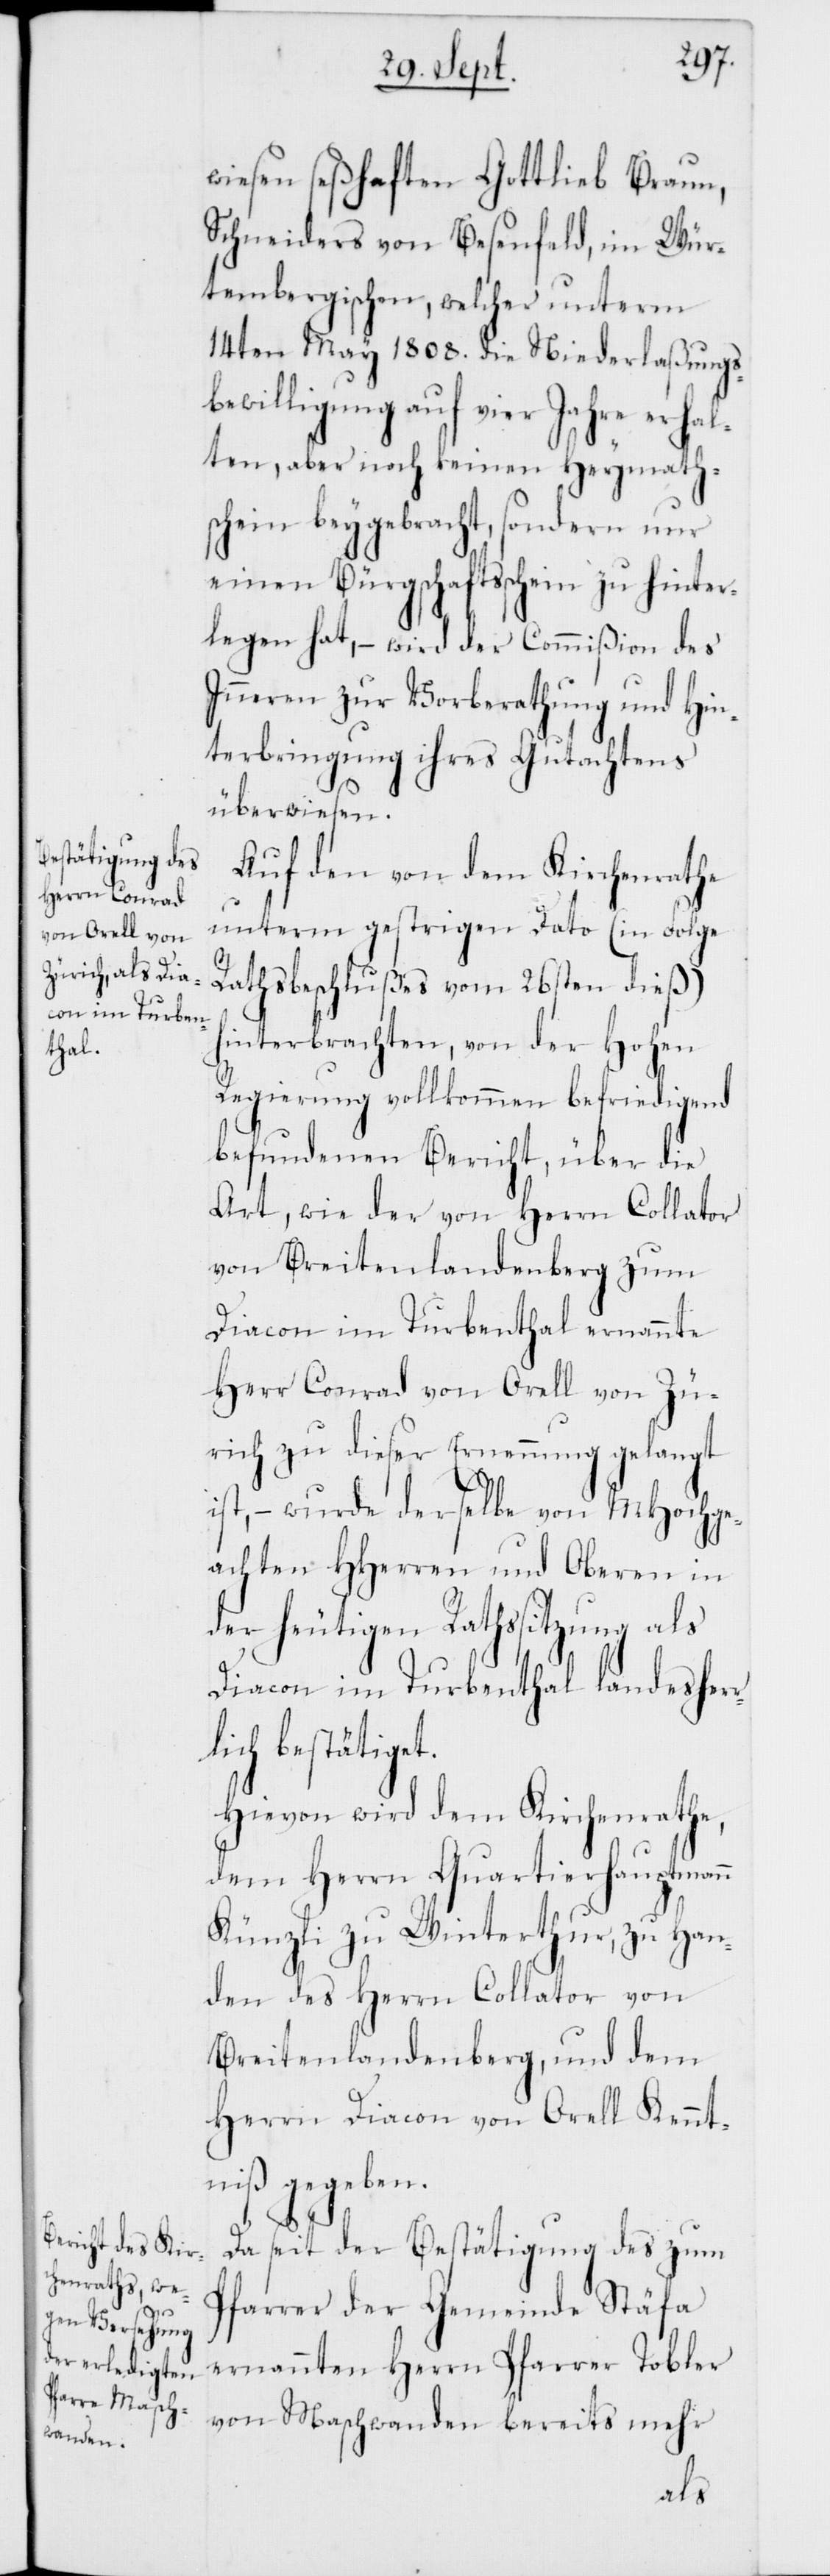
r¬
wiesen seßhaften Gottlieb Braun,
Schneiders von Besenfeld, im Wür¬
tembergischen, welcher unterm
14ten May 1808. die Niederlaßungs¬
bewilligung auf vier Jahre erhal¬
ten, aber noch keinen Heymath¬
schein beygebracht, sondern nur
einen Bürgschaftsschein zu hinter¬
legen hat, – wird der Commißion des
Inneren zur Vorberathung und Hin¬
terbringung ihres Gutachtens
überwiesen.
Auf den von dem Kirchenrathe
unterm gestrigen Dato (in Folge
Rathsbeschlußes vom 26sten dieß)
hinterbrachten, von der Hohen
Regierung vollkommen befriedigend
befundenen Bericht, über die
Art, wie der von Herrn Collator
von Breitenlandenberg zum
Diacon im Turbenthal ernannte
Herr Conrad von Orell von Zü¬
rich zu dieser Ernennung gelangt
ist, – wurde derselbe von MHochge¬
achten HHerren und Oberen in
der heutigen Rathssitzung als
Diacon im Turbenthal landesher¬
lich bestätiget.
Hievon wird dem Kirchenrathe,
dem Herrn Quartierhauptmann
Künzli zu Winterthur, zu Han¬
den des Herrn Collator von
Breitenlandenberg, und dem
Herrn Diacon von Orell Kennt¬
niß gegeben.
Da seit der Bestätigung des zum
Pfarrer der Gemeinde Stäfa
ernannten Herrn Pfarrer Tobler
von Maschwanden bereits mehr